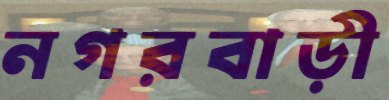
নগরবাড়ী